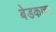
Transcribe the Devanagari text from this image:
बेडकाचा